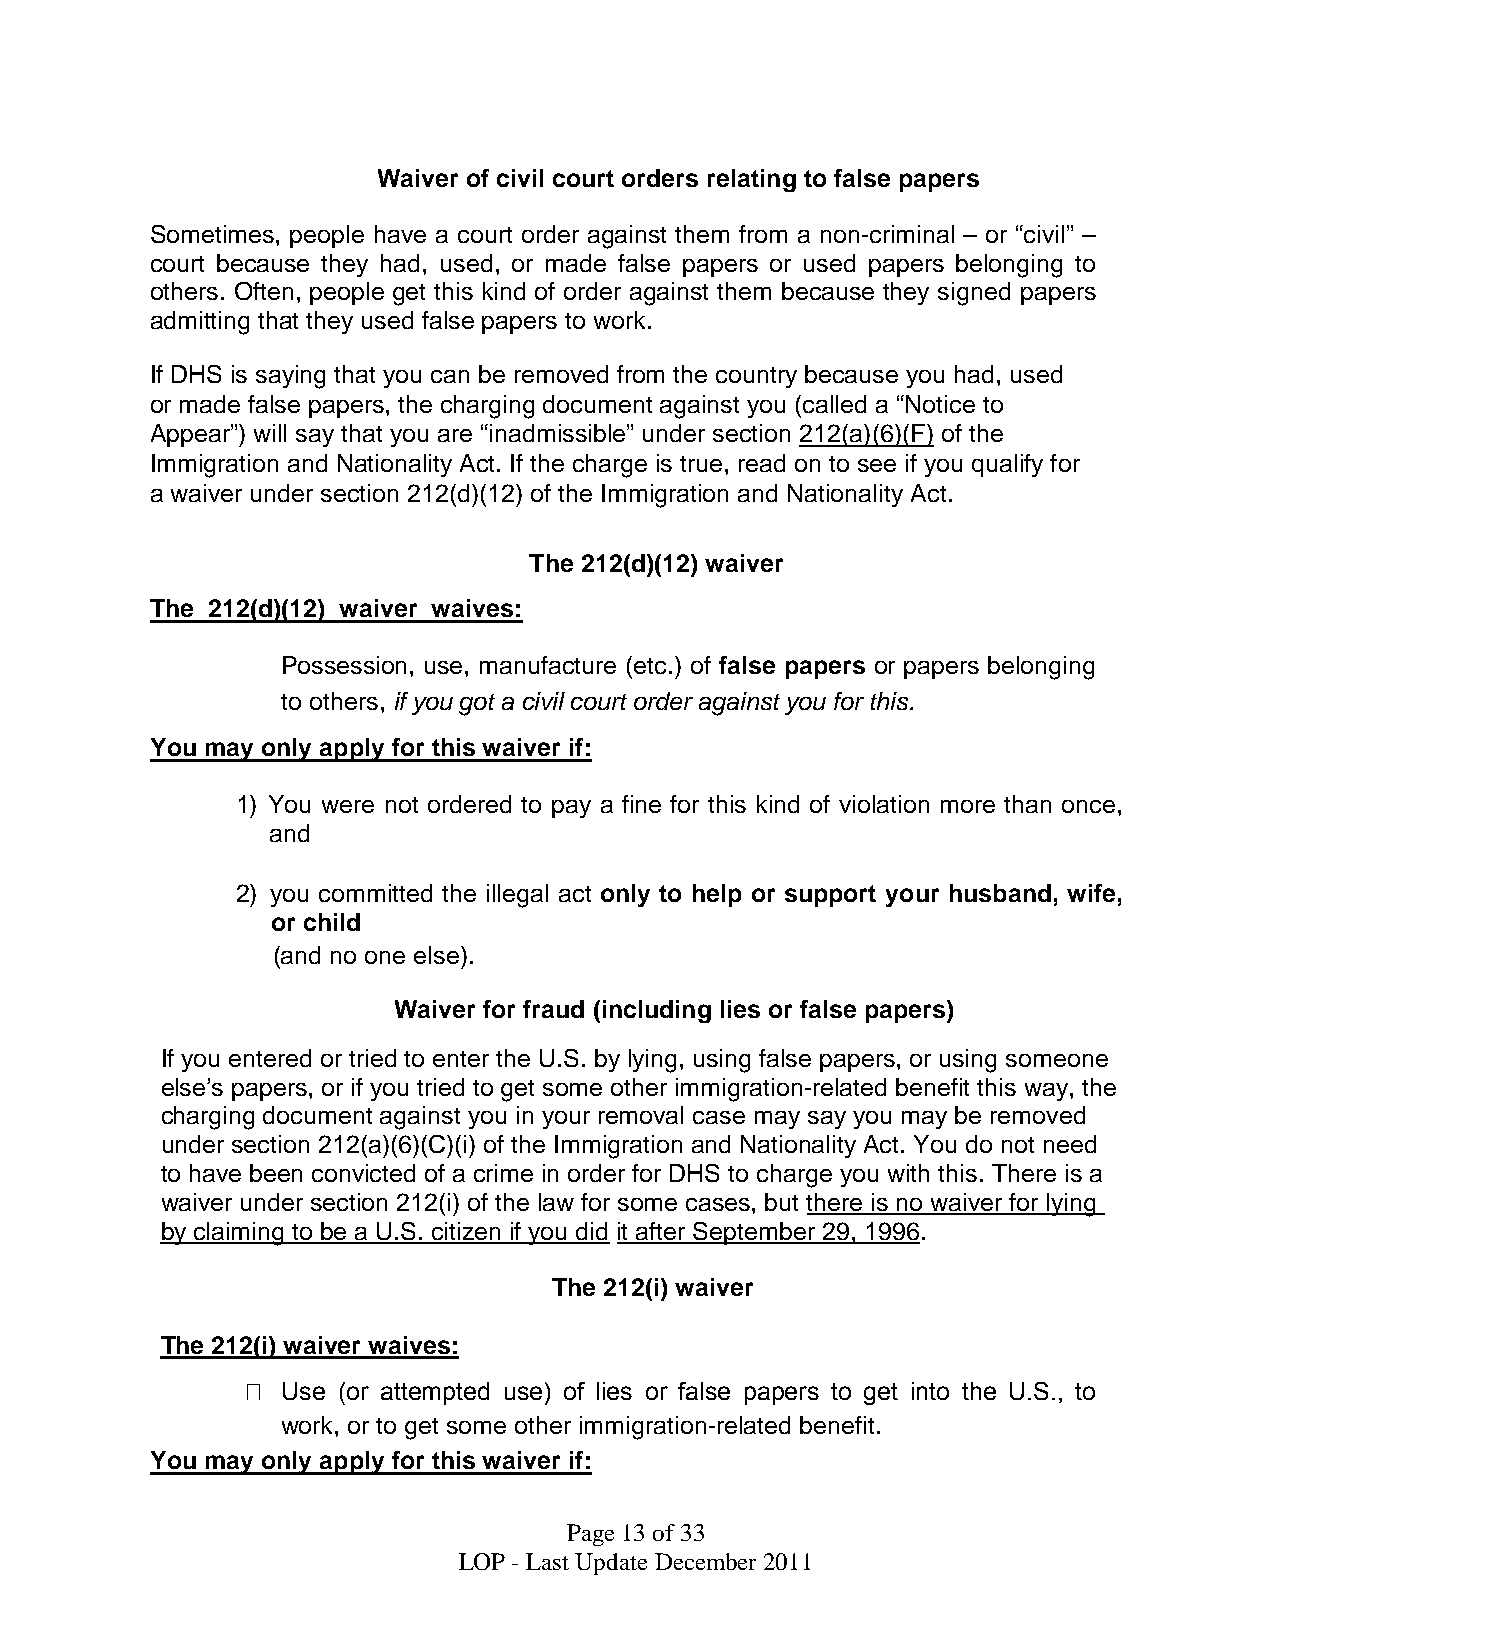
Waiver of civil court orders relating to false papers
 Sometimes, people have a court order against them from a non-criminal – or “civil” –
 court because they had, used, or made false papers or used papers belonging to
 others. Often, people get this kind of order against them because they signed papers
 admitting that they used false papers to work.
 If DHS is saying that you can be removed from the country because you had, used
 or made false papers, the charging document against you (called a “Notice to
 Appear”) will say that you are “inadmissible” under section 212(a)(6)(F) of the
 Immigration and Nationality Act. If the charge is true, read on to see if you qualify for
 a waiver under section 212(d)(12) of the Immigration and Nationality Act.
 The 212(d)(12) waiver
 The 212(d)(12) waiver waives:
 Possession, use, manufacture (etc.) of false papers or papers belonging
 
 to others, if you got a civil court order against you for this.
 You may only apply for this waiver if:
 1) You were not ordered to pay a fine for this kind of violation more than once,
 and
 2) you committed the illegal act only to help or support your husband, wife,
 or child
 (and no one else).
 Waiver for fraud (including lies or false papers)
 If you entered or tried to enter the U.S. by lying, using false papers, or using someone
 else’s papers, or if you tried to get some other immigration-related benefit this way, the
 charging document against you in your removal case may say you may be removed
 under section 212(a)(6)(C)(i) of the Immigration and Nationality Act. You do not need
 to have been convicted of a crime in order for DHS to charge you with this. There is a
 waiver under section 212(i) of the law for some cases, but there is no waiver for lying
 by claiming to be a U.S. citizen if you did it after September 29, 1996.
 The 212(i) waiver
 The 212(i) waiver waives:
   Use (or attempted use) of lies or false papers to get into the U.S., to
 work, or to get some other immigration-related benefit.
 You may only apply for this waiver if:
 Page13of33
 LOP - Last UpdateDecember2011